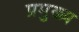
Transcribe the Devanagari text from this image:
प्रमुख्‍य